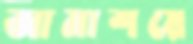
আমাশয়ে